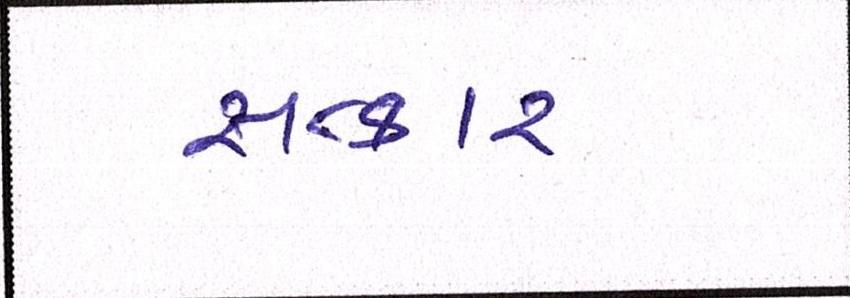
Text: સત્કાર